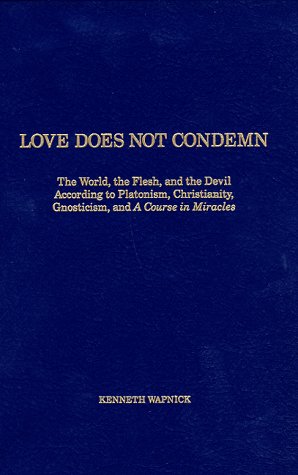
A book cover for Love Does Not Condemn: The World, the Flesh, and the Devil According to Platonism, Christianity, Gnosticism, and 'A Course in Miracles'; Kenneth Wapnick; Christian Books & Bibles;